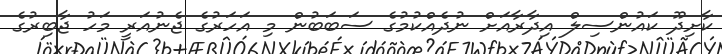
ކާށިދޫ ކައުންސިލް އިދާރާއަށް ނުދެއްކުމުގެ ސަބަބުން މި އަހަރުގެ ޖެނުއަރީ މަހު ޖާބިރުގެ